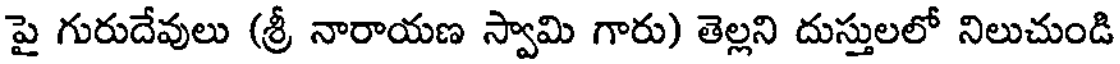
పై గురుదేవులు (శ్రీ నారాయణ స్వామి గారు) తెల్లని దుస్తులలో నిలుచుండి